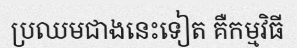
ប្រឈមជាងនេះទៀត គឺកម្មវិធី